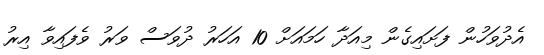
އެދުވަހުން ފަށައިގެން މިއަދާ ހަމައަށް 10 އަހަރު ދުވަސް ވަރު ވެފައިވާ އިރު